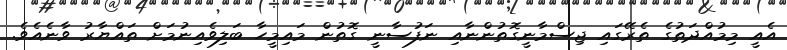
އެއީ މިމުއްދަތުގެ ތެރޭގައި ޖިސްމާނީގޮތުންނާއި ނަފުސާނީ ގޮތުން މައިމީހާ ބަލިވެއިނުމަށް ތައްޔާރު ވާނެއެވެ.